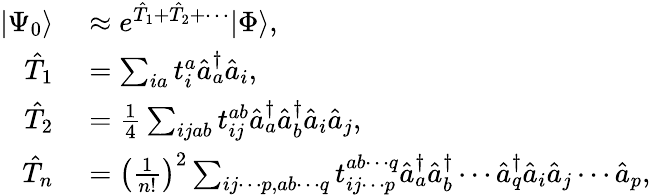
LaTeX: \begin{array}{rl}{|\Psi_{0}\rangle}&{{}\approx e^{\hat{T}_{1}+\hat{T}_{2}+\cdots}|\Phi\rangle,}\\ {\hat{T}_{1}}&{{}=\sum_{ia}t_{i}^{a}\hat{a}_{a}^{\dagger}\hat{a}_{i},}\\ {\hat{T}_{2}}&{{}=\frac{1}{4}\sum_{ijab}t_{ij}^{ab}\hat{a}_{a}^{\dagger}\hat{a}_{b}^{\dagger}\hat{a}_{i}\hat{a}_{j},}\\ {\hat{T}_{n}}&{{}=\left(\frac{1}{n!}\right)^{2}\sum_{ij\cdots p,ab\cdots q}t_{ij\cdots p}^{ab\cdots q}\hat{a}_{a}^{\dagger}\hat{a}_{b}^{\dagger}\cdots\hat{a}_{q}^{\dagger}\hat{a}_{i}\hat{a}_{j}\cdots\hat{a}_{p},}\end{array}